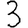
Digit: 3